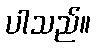
ပါသည်။